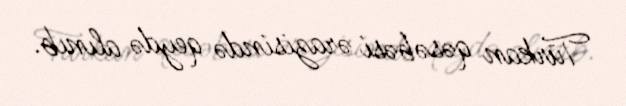
Türkan qəsəbəsi ərazisində qeydə alınıb.